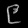
Digit: ၉